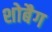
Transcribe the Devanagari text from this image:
शोबैग